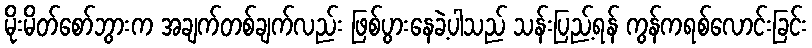
မိုးမိတ်စော်ဘွားက အချက်တစ်ချက်လည်း ဖြစ်ပွားနေခဲ့ပါသည် သန်းပြည့်ရန် ကွန်ကရစ်လောင်းခြင်း